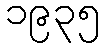
၁၉၃၅